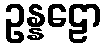
ဥန္နဠော